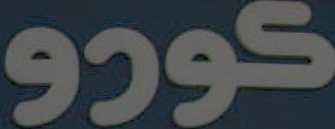
كورو